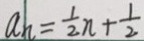
a _ { n } = \frac { 1 } { 2 } n + \frac { 1 } { 2 }